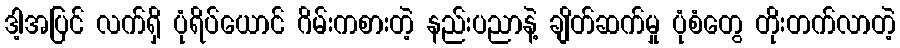
ဒါ့အပြင် လက်ရှိ ပုံရိပ်ယောင် ဂိမ်းကစားတဲ့ နည်းပညာနဲ့ ချိတ်ဆက်မှု ပုံစံတွေ တိုးတက်လာတဲ့